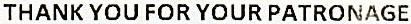
THANK YOU FOR YOUR PATRONAGE